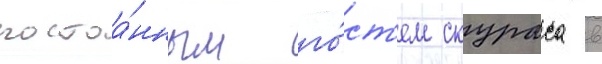
постоа́нным го́ст'ем скураса в